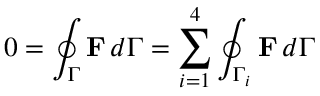
0 = \oint _ { \Gamma } \mathbf { F } \, d \Gamma = \sum _ { i = 1 } ^ { 4 } \oint _ { \Gamma _ { i } } \mathbf { F } \, d \Gamma